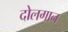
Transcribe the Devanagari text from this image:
दोलगान